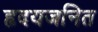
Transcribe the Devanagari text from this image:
हृदयजनित